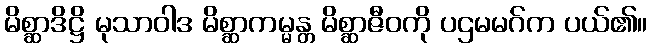
မိစ္ဆာဒိဋ္ဌိ မုသာဝါဒ မိစ္ဆာကမ္မန္တ မိစ္ဆာဇီဝကို ပဌမမဂ်က ပယ်၏။